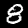
Digit: 8